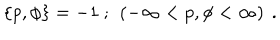
\left\{ p , \phi \right\} = - 1 \ ; \ \left( - \infty < p , \phi < \infty \right) \ .